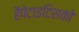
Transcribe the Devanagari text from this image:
हैपेटाइटिसको